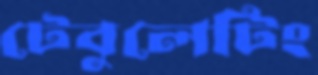
টেবুলেটিং